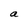
Character: a